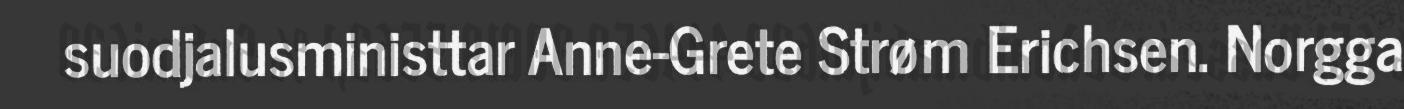
suodjalusministtar Anne-Grete Strøm Erichsen. Norgga